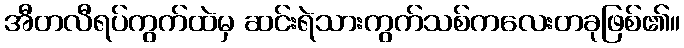
အီတလီရပ်ကွက်ထဲမှ ဆင်းရဲသားကွက်သစ်ကလေးတခုဖြစ်၏။